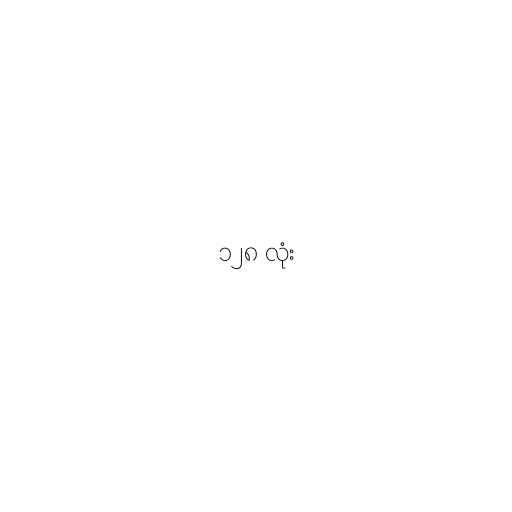
၁၂၈ လုံး